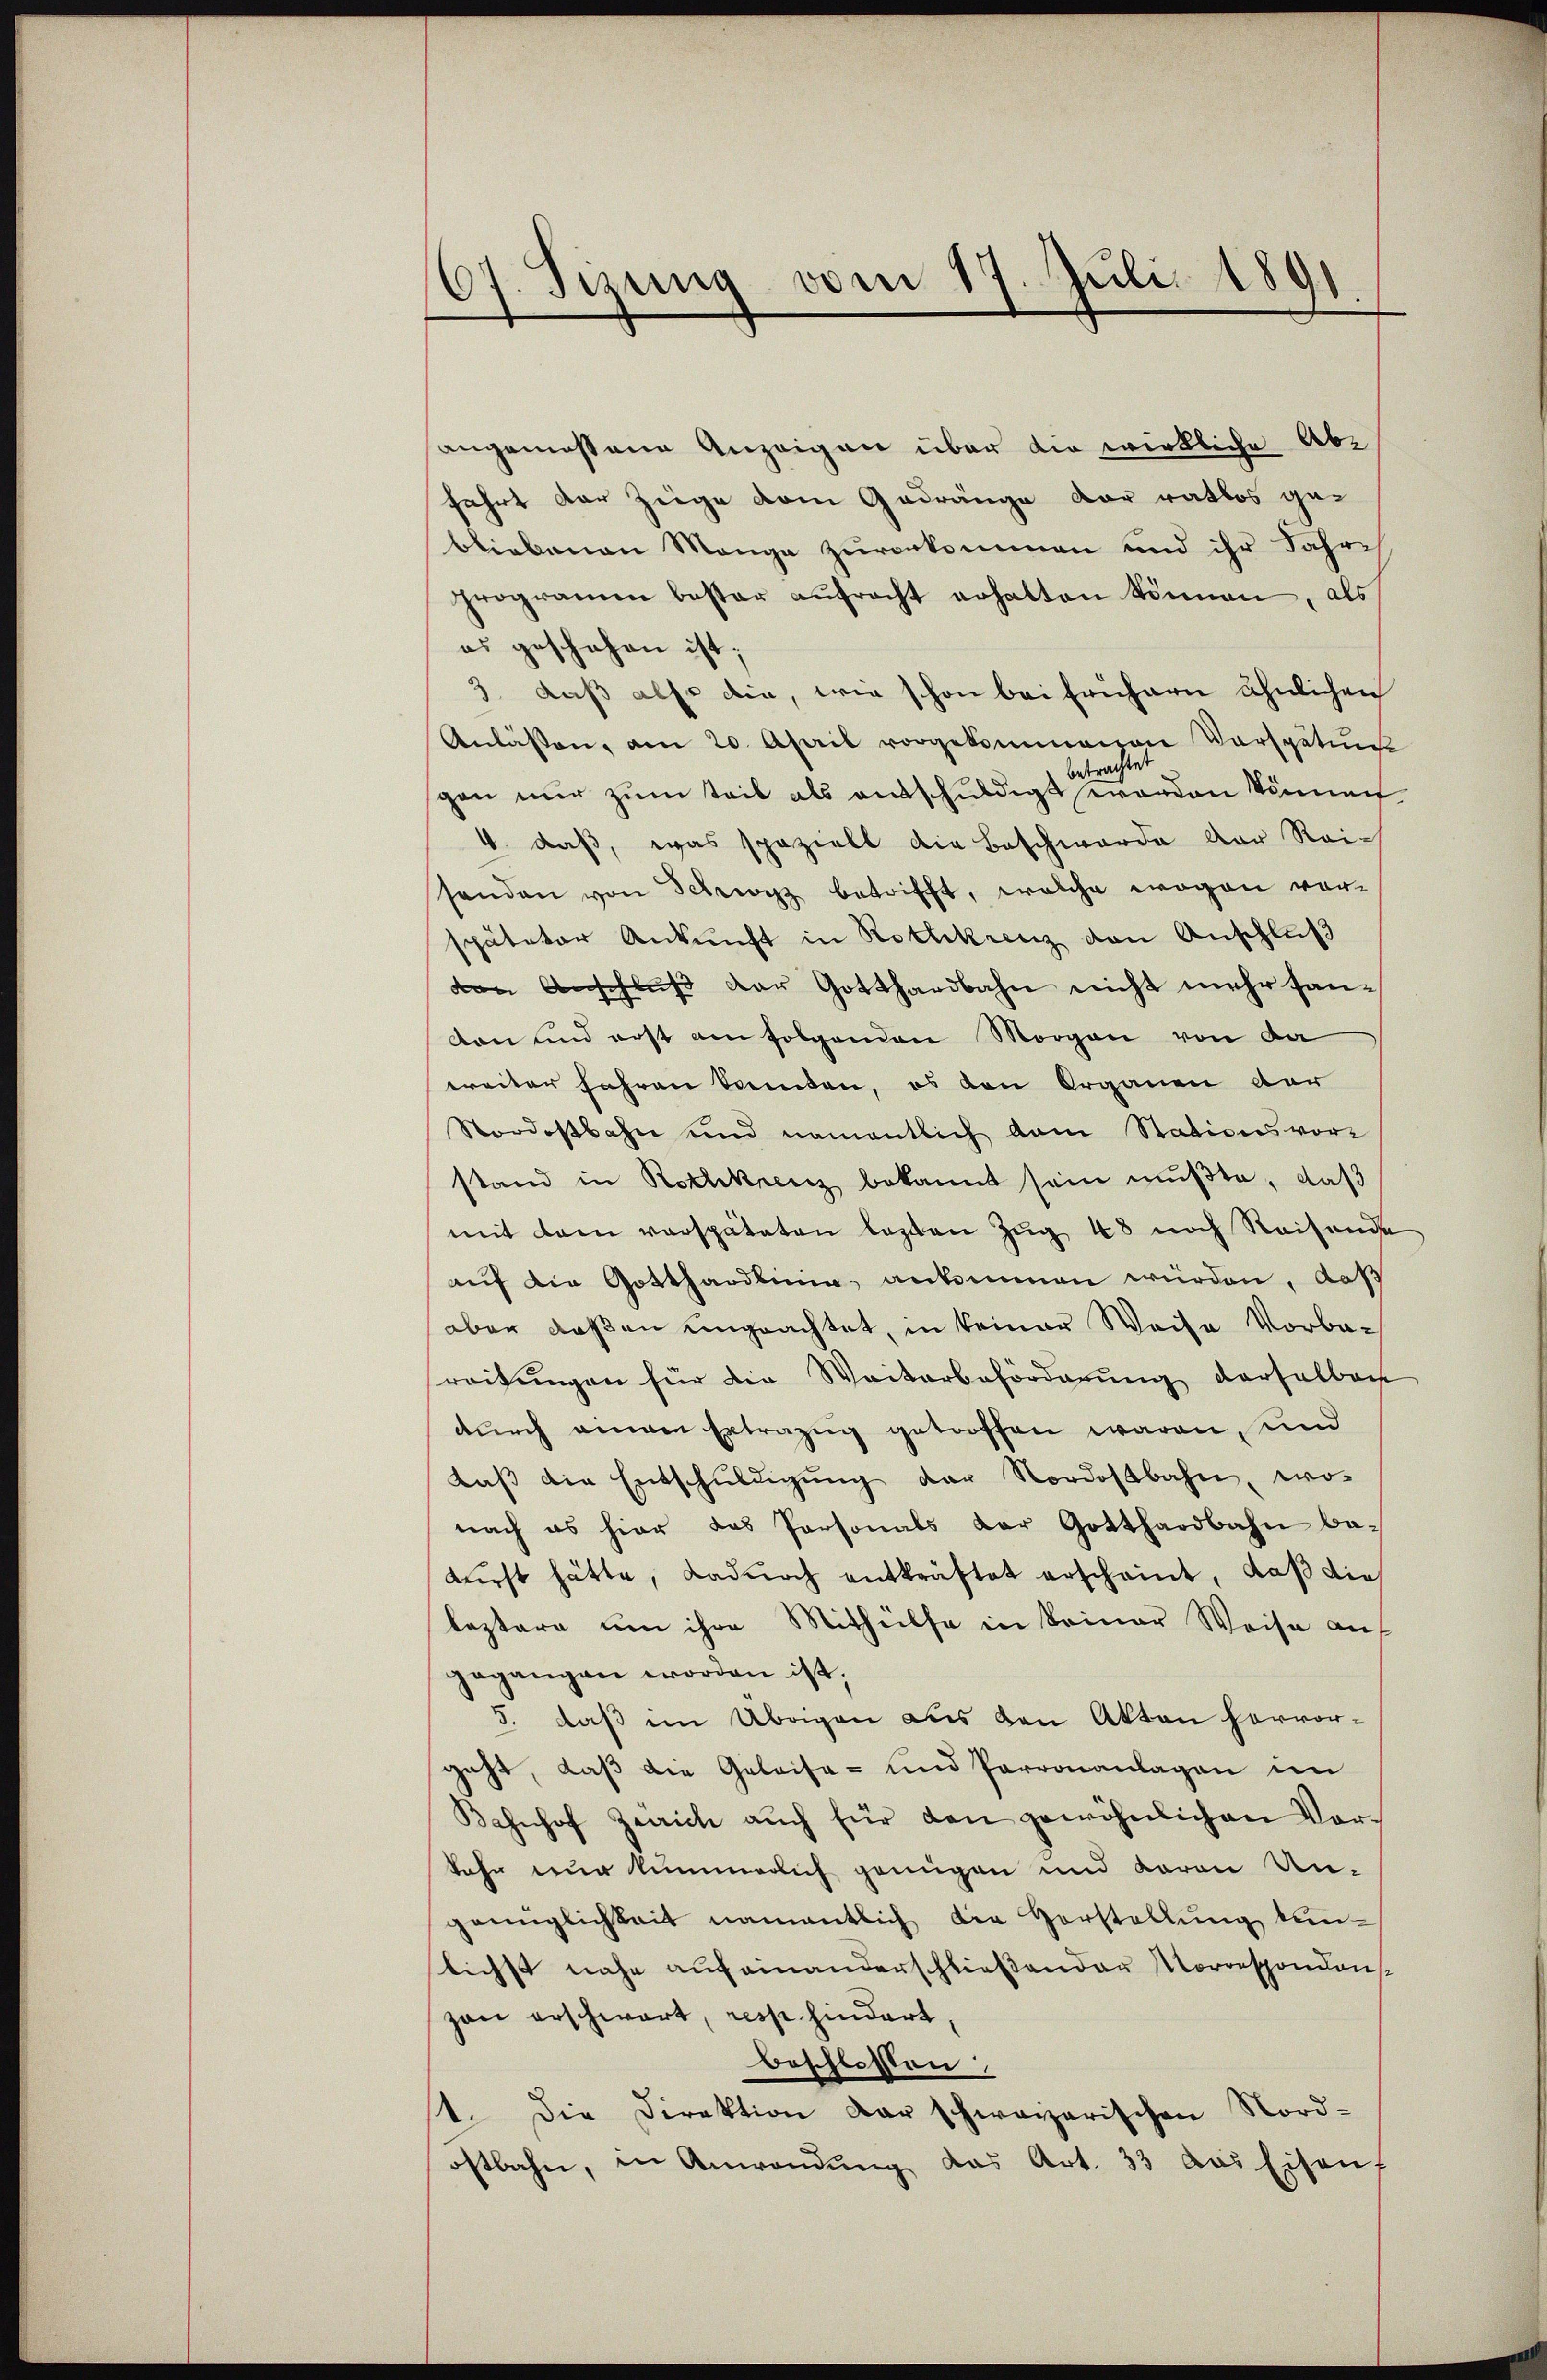
67. Sizung vom 17. Juli 1891

angemessene Anzeigen über die wirkliche Abfahrt der Zeige dem Gedränge der ratlos gebliebenen Mange zuvorkommen und ihr Jahre
programm bester aŭfracht erhalten können, als
es geschehen ist;
3. daß also die, wie schon bei frühern ähnlichen
Anlassen, am 20. April vorgekommenen Vorsputi
betrachtet
gen nur zum Teil als entschuldigt worden können
4. daß, was speziell die Beschwerde der Rei-
senden von Schwyz betrifft, welche wogen vorspäteter Ankunft in Rothkreuz den Anschluß
den Anschluß der Gotthardbahn nicht mehr fandon und erst am folgenden Morgen von da
weiter fahren Sonnten, es den Organen der
Nordostbahn und namentlich dem Stationsvor-
stand in Rothkrenz bekannt sein mußte, daß
mit dem verspäteten lezten Zug 48 noch Reisende
auf die Gotthardlinie ankommen würden, daß
aber deßen ungeachtet, in keiner Weise Vorbareitungen für die Weiterbeförderung derselbar
durch eingen Extrazug getroffen waren, und
daβ die Entschŭldigŭng der Nordostbahn, wonach es hier das Personals der Gotthardbahn be-
fürst hätte, dadurch entkräftet erscheint, daβ die
leztere um ihre Mithülfe in keiner Weise auf
gegangen worden ist,
5. daß im Übrigen aus den Akten hervorgeht, daß die Geleise- und Parronanlagen im
Bahnhof Zürich aŭch für den gewöhnlichen Vor-
kehr nur kümmerlich genügen und daron Un-
genüglichkeit namentlich die Vorstellung kunlichst nahe aufeinanderschließender Korrespondon
zon erschwart, resp. hindert,
beschlossen,
1. Die Direktion der schweizerischen Nordostbahn, in Anwendŭng das Art. 33 das Eisen,